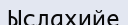
Ыслахийе